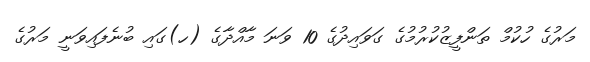
މަރުގެ ހުކުމް ތަންފީޒުކުރުމުގެ ގަވައިދުގެ 10 ވަނަ މާއްދާގެ (ހ)ގައި ބުނެފައިވަނީ މަރުގެ